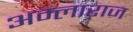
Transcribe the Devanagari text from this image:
अम्लाराज